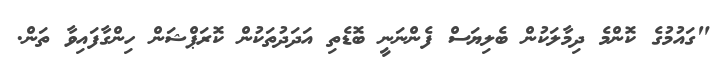
"ގައުމުގެ ކޮންމެ ދިމާލަކުން ބެލިޔަސް ފެންނަނީ ބޮޑެތި އަދަދުތަކުން ކޮރަޕްޝަން ހިންގާފައިވާ ތަން.